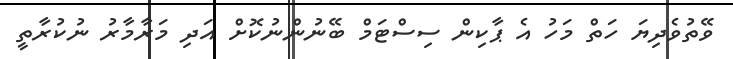
ވޭތުވެދިޔަ ހަތް މަހު އެ ޕާކިން ސިސްޓަމް ބޭނުންނުކޮށް އަދި މަރާމާރު ނުކުރާތީ